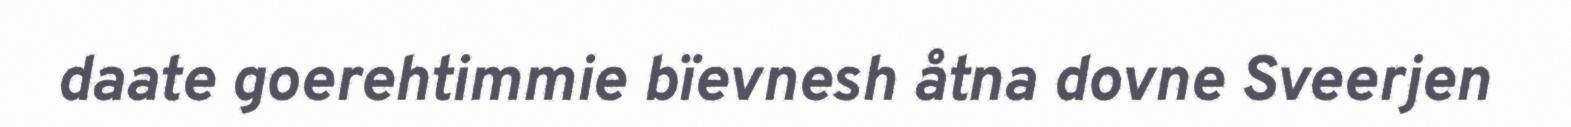
daate goerehtimmie bïevnesh åtna dovne Sveerjen